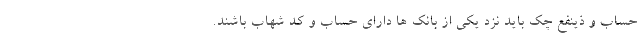
حساب و ذینفع چک باید نزد یکی از بانک ها دارای حساب و کد شهاب باشند.